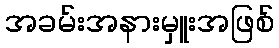
အခမ်းအနားမှူးအဖြစ်